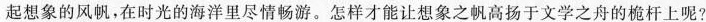
起想象的风帆，在时光的海洋里尽情畅游。怎样才能让想象之帆高扬于文学之舟的桅杆上呢?